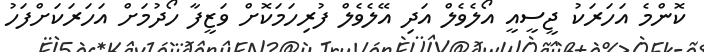
ކޮންމެ އަހަރަކު ޖީސީއީ އޯލެވެލް އަދި އޭލެވެލް ފުރިހަމަކޮށް ވަޒީފާ ހޯދުމަށް އަހަރަކަށްފަހު